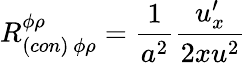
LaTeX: R_{(con)\ \phi\rho}^{\phi\rho}={\frac{1}{a^{2}}}{\frac{u_{x}^{\prime}}{2xu^{2}}}